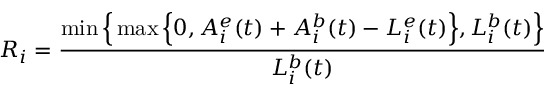
R _ { i } = \frac { \operatorname* { m i n } \Big \{ \operatorname* { m a x } \Big \{ 0 , A _ { i } ^ { e } ( t ) + A _ { i } ^ { b } ( t ) - L _ { i } ^ { e } ( t ) \Big \} , L _ { i } ^ { b } ( t ) \Big \} } { L _ { i } ^ { b } ( t ) }